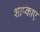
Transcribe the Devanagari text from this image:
शाप्काए